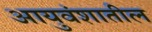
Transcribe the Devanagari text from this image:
आयुवंशातील